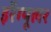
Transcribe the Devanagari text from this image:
इर्रेग्यूलर